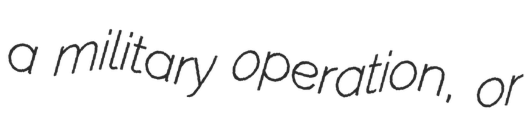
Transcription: a military operation, or